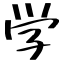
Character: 学